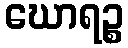
ဃောရဉ္စ